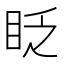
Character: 眨